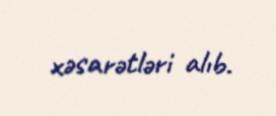
xəsarətləri alıb.